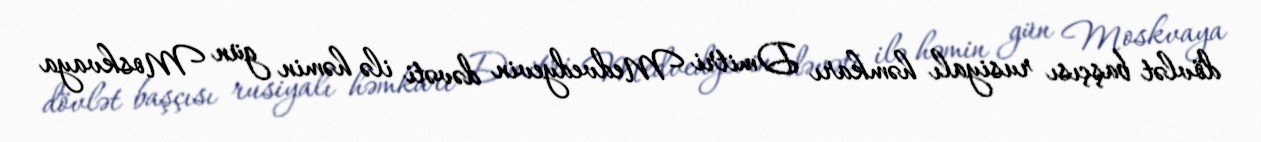
dövlət başçısı rusiyalı həmkarı Dmitri Medvedyevin dəvəti ilə həmin gün Moskvaya